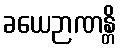
ခယေဉာဏန္တိ